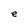
Character: e